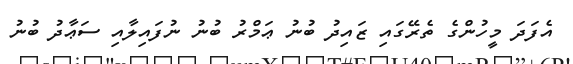
އެފަދަ މީހުންގެ ތެރޭގައި ޒައިދު ބުނު ޢަމްރު ބުނު ނުފައިލާއި ސަޢާދު ބުނު